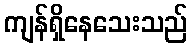
ကျန်ရှိနေသေးသည်